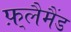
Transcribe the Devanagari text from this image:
फ़्लैमैंड